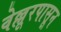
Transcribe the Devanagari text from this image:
वेल्लूरपासून